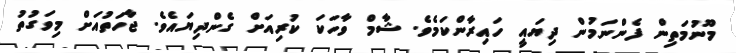
މޫނުމަތިން ފެންނަމުން ދިޔައީ ހައިރާންކަމެވެ. ޝާމް ވާހަކަ ކުރިއަށް ގެންދިޔައެވެ. ޖާހަތުއަށް މިވަގުތު